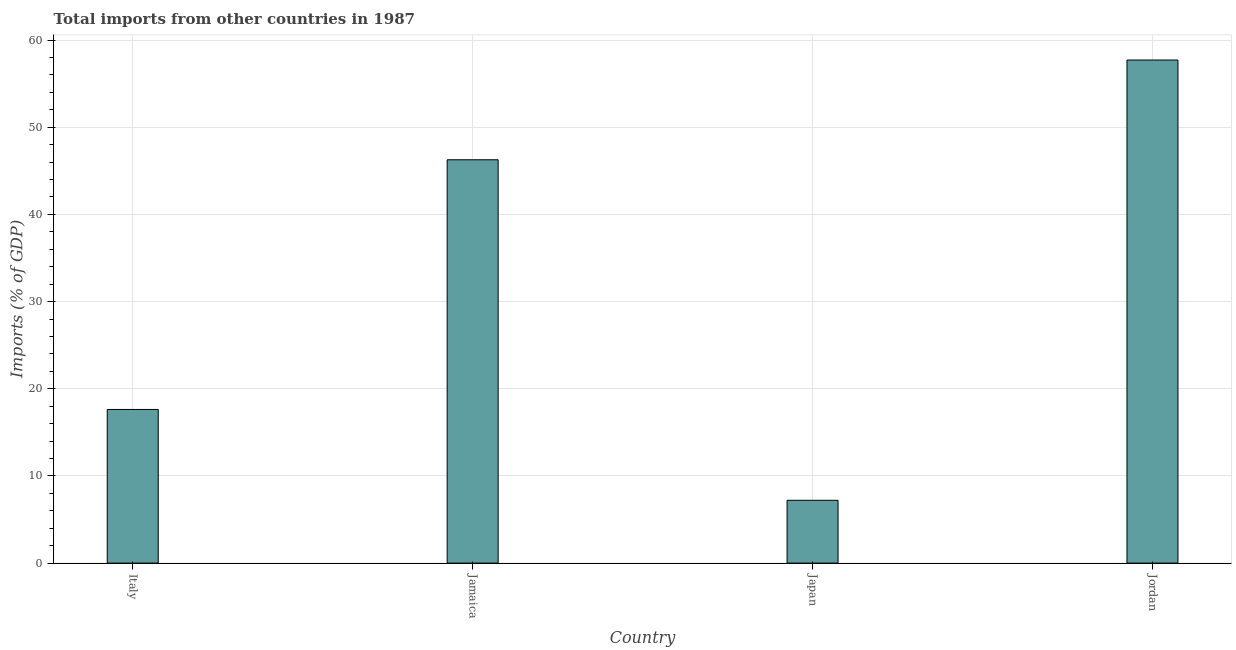
| Country | Imports |
 | --- | --- |
 | Italy | 17.6 |
 | Jamaica | 46.3 |
 | Japan | 7.21 |
 | Jordan | 57.7 |